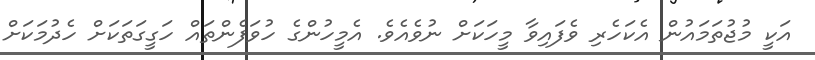
އަކީ މުޖުތަމައުން އެކަހެރި ވެފައިވާ މީހަކަށް ނުވެއެވެ. އެމީހުންގެ ހުވަފެންތައް ހަގީގަތަކަށް ހެދުމަކަށް